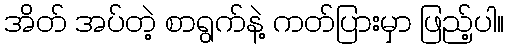
အိတ် အပ်တဲ့ စာရွက်နဲ့ ကတ်ပြားမှာ ဖြည့်ပါ။